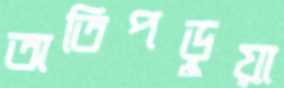
অতিপড়ুয়া